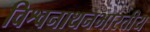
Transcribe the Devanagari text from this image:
विश्वनाथनभारतीय